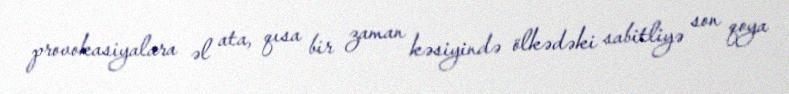
provokasiyalara əl ata, qısa bir zaman kəsiyində ölkədəki sabitliyə son qoya